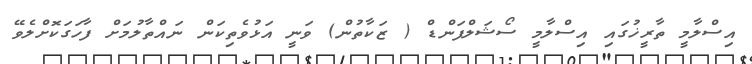
އިސްލާމީ ތާރީޚުގައި އިސްލާމީ ސޯޝަލްފަންޑް ( ޒަކާތުން) ވަނީ އަޅުވެތިކަން ނައްތާލުމަށް ފާހަގަކޮށްލެވޭ